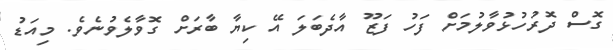
ގޮސް ދޮރުހުޅުވާލުމަށް ފަހު ފަޒޫ އާދެބަލަ އޭ ކިޔާ ބާރަށް ގޮވާލެވުނެވެ. މިއަޑު